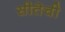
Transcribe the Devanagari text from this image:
सीतॆची